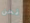
نحن